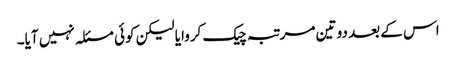
اس کے بعد دو تین مرتبہ چیک کروایا لیکن کوئی مسئلہ نہیں آیا۔